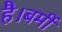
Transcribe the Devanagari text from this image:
है।बर्मी